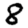
Digit: 8